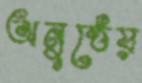
অনুষ্ঠেয়